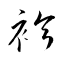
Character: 袗